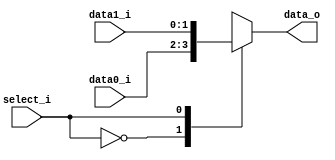
module Mux2to1( data0_i, data1_i, select_i, data_o );

parameter size = 0;			   
			
//I/O ports               
input wire	[size-1:0] data0_i;          
input wire	[size-1:0] data1_i;
input wire	select_i;
output reg	[size-1:0] data_o; 

//Main function
/*your code here*/
always@(*) 
begin
    case(select_i)
        'b0:  data_o <= data0_i;
        'b1:  data_o <= data1_i;
    endcase
end 
endmodule